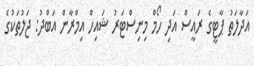
އަދާލަތު ޕާޓީގެ ރައީސް އަދި ހޯމް މިނިސްޓަރު ޝައިހް އިމްރާން އަބްދު: ޖަލުތަކުގެ